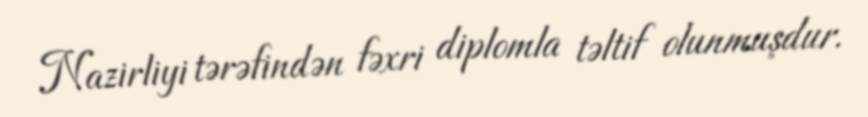
Nazirliyi tərəfindən fəxri diplomla təltif olunmuşdur.